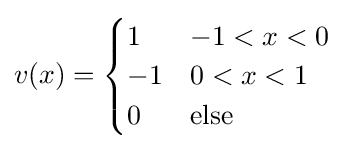
v(x)={\begin{cases}1&-1<x<0\\-1&0<x<1\\0&{\text{else}}\end{cases}}